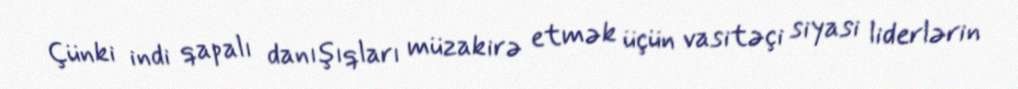
Çünki indi qapalı danışıqları müzakirə etmək üçün vasitəçi siyasi liderlərin